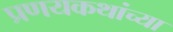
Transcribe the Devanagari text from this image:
प्रणयकथांच्या